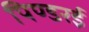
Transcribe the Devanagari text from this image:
पिण्डरई